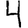
Digit: 4